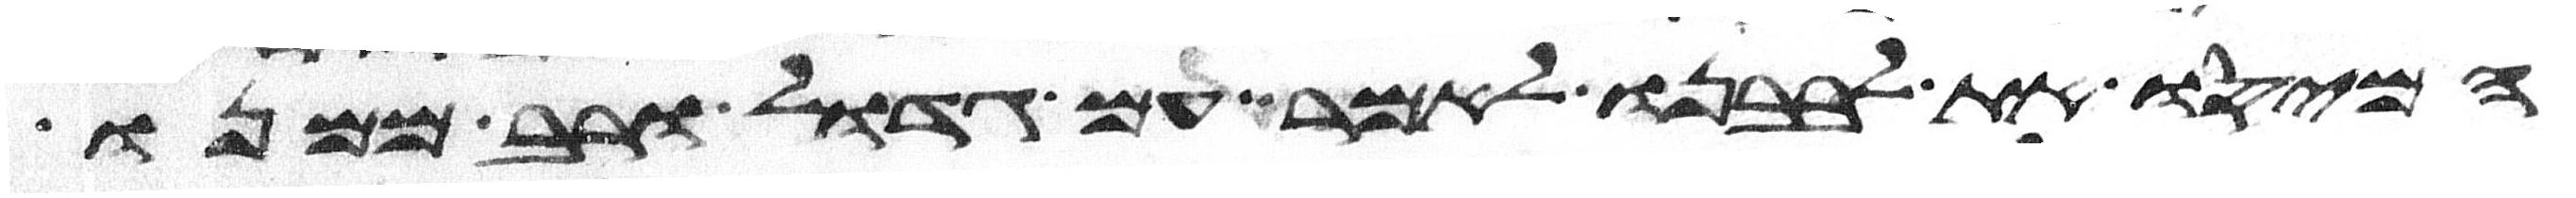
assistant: המיסו את לבבנו לאמר עם גדול ורב ממנו